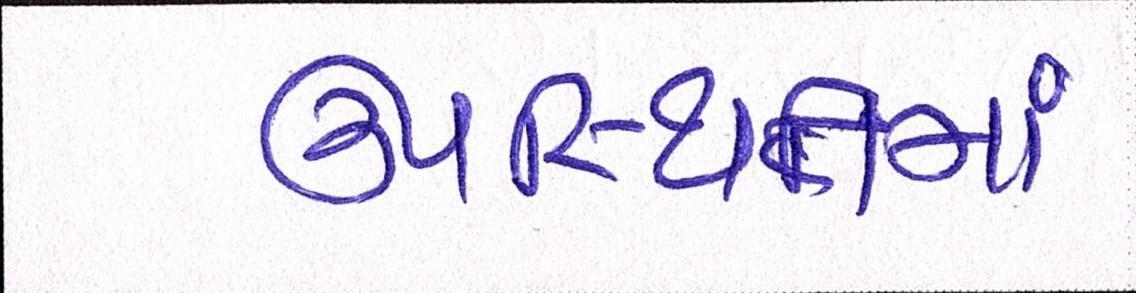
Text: ઉપસ્થિતમાં